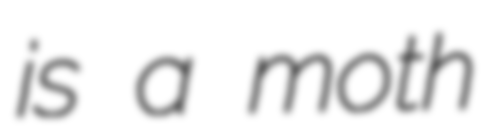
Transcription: is a moth